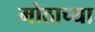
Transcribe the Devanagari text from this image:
मोठाच्या